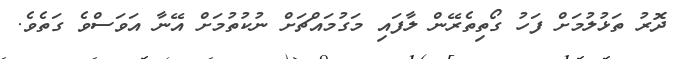
ދޮރު ތަޅުލުމަށް ފަހު ގޯތިތެރޭން ލާފައި މަގުމައްޗަށް ނުކުތުމަށް އޭނާ އަވަސްވެ ގަތެވެ.